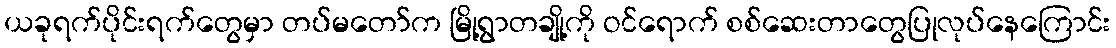
ယခုရက်ပိုင်းရက်တွေမှာ တပ်မတော်က မြို့ရွာတချို့ကို ဝင်ရောက် စစ်ဆေးတာတွေပြုလုပ်နေကြောင်း